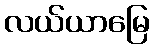
လယ်ယာမြေ